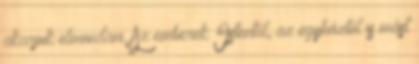
akarjuk elmondani. Az emberek Istentől, az egyháztól is mást